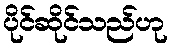
ပိုင်ဆိုင်သည်ဟု